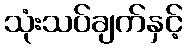
သုံးသပ်ချက်နှင့်